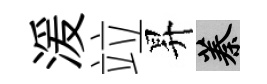
湲竝昇蓁